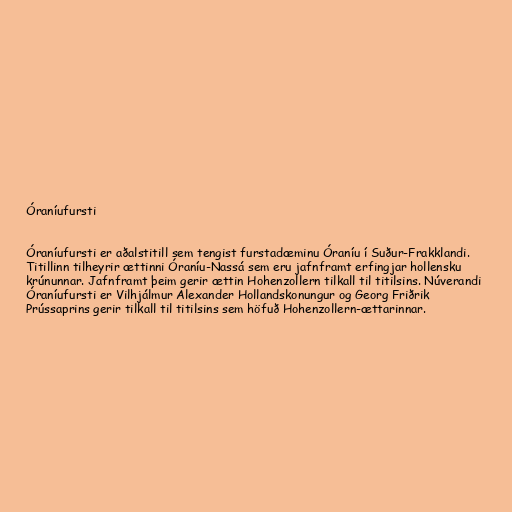
Óraníufursti

Óraníufursti er aðalstitill sem tengist furstadæminu Óraníu í Suður-Frakklandi.
Titillinn tilheyrir ættinni Óraníu-Nassá sem eru jafnframt erfingjar hollensku
krúnunnar. Jafnframt þeim gerir ættin Hohenzollern tilkall til titilsins. Núverandi
Óraníufursti er Vilhjálmur Alexander Hollandskonungur og Georg Friðrik
Prússaprins gerir tilkall til titilsins sem höfuð Hohenzollern-ættarinnar.